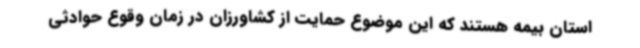
استان بیمه هستند که این موضوع حمایت از کشاورزان در زمان وقوع حوادثی